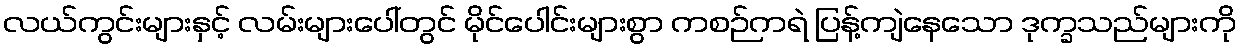
လယ်ကွင်းများနှင့် လမ်းများပေါ်တွင် မိုင်ပေါင်းများစွာ ကစဉ်ကရဲ ပြန့်ကျဲနေသော ဒုက္ခသည်များကို